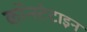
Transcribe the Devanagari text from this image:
कॉन्स्टेटाइन